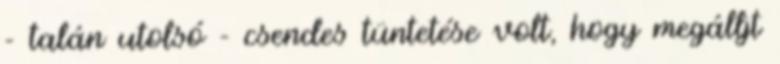
- talán utolsó - csendes tün­te­tése volt, hogy megálljt